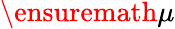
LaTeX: \ensuremath{\mu}